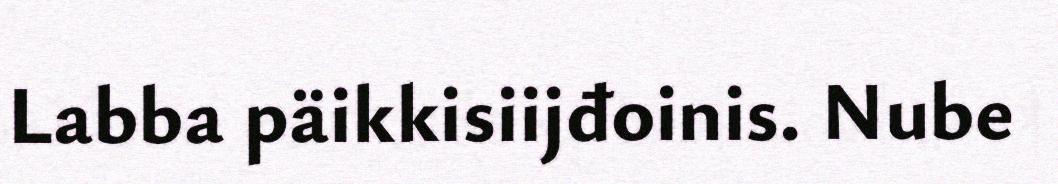
Labba päikkisiijđoinis. Nube